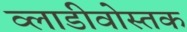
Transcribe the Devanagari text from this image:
व्लाडीवोस्तक